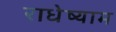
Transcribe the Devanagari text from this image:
राधेष्याम